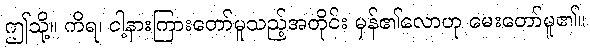
ဤသို့။ ကိရ၊ ငါ့နားကြားတော်မူသည့်အတိုင်း မှန်၏လောဟု မေးတော်မူ၏။